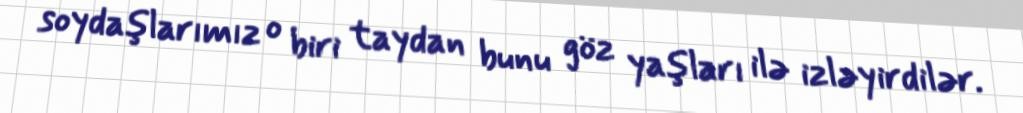
soydaşlarımız o biri taydan bunu göz yaşları ilə izləyirdilər.